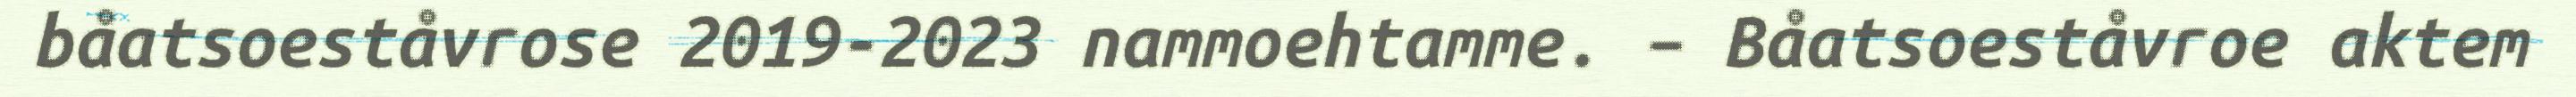
båatsoeståvrose 2019-2023 nammoehtamme. – Båatsoeståvroe aktem